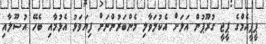
ޕީޕީއެމްގެ ޕީޖީ ގުރޫޕުން އަލަށް އެކުލަވާލި މެންބަރުންނަަށް ފިޔަވަޅު އެޅުމާއި ބެހޭ އުސޫލާއި